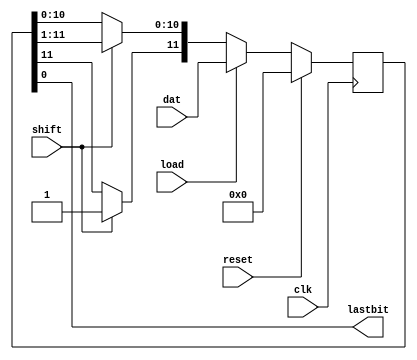
module shift (input clk, input load, input shift, input [11:0]dat, input reset,output lastbit);
//shift register with clk, reset, load, rshift, 12 bits data as inputs 
//with lastbit as output

//assign the variables to hold the present and next count values
reg[11:0] pshift, nshift;

//set the lastbit
assign lastbit=pshift[0];

//the sequential code to synthesise the latches
always@(posedge clk)
begin 
   if (clk)
   pshift<=nshift;
end

//The combinational code to perform the baud counter it required
always@(pshift,load,shift,dat, reset)
	begin 
		// specify the defaults
		nshift=pshift;
		if (reset)
			nshift = 11'b0;
		else if (load)
			//load
			nshift=dat;
		else if(shift)
			begin
				//shift
				nshift = pshift >> 1;
				nshift[11] = 1'b1;
			end
	end
endmodule